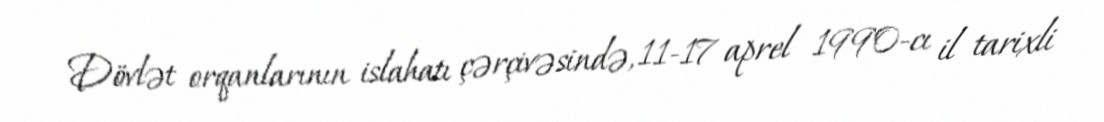
Dövlət orqanlarının islahatı çərçivəsində, 11-17 aprel 1990-cı il tarixli